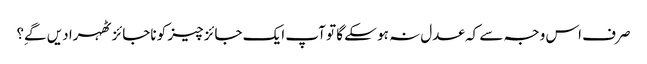
صرف اس وجہ سے کہ عدل نہ ہو سکے گا تو آپ ایک جائز چیز کو ناجائز ٹھہرا دیں گےِ؟